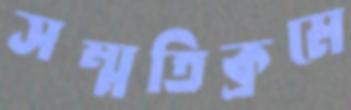
সম্মতিক্রমে